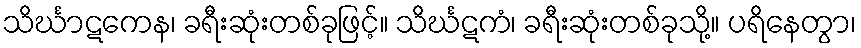
သိင်္ဃာဋကေန၊ ခရီးဆုံးတစ်ခုဖြင့်။ သိင်္ဃဋကံ၊ ခရီးဆုံးတစ်ခုသို့။ ပရိနေတွာ၊